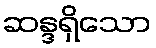
ဆန္ဒရှိသော